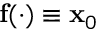
\mathbf { f } ( \cdot ) \equiv \mathbf { x } _ { 0 }